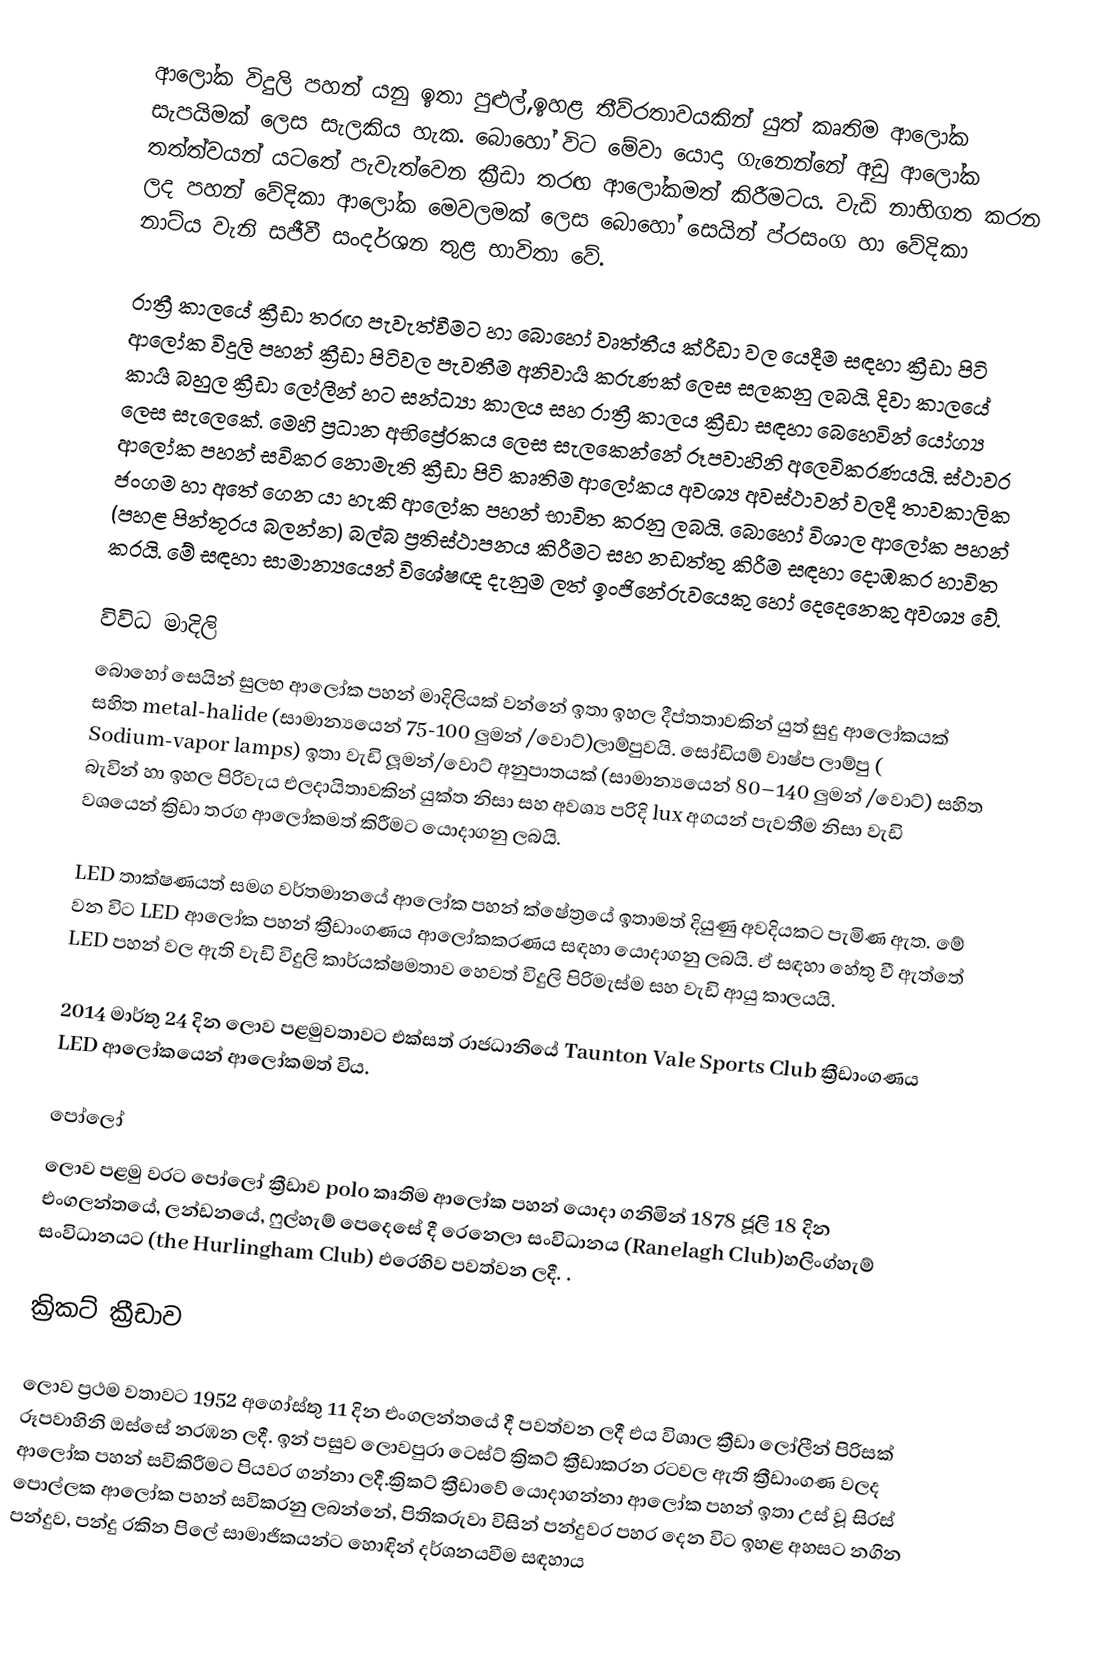
ආලෝක විදුලි පහන් යනු ඉතා පුළුල්,ඉහළ තීව්රතාවයකින් යුත් කෘතිම ආලෝක සැපයිමක් ලෙස සැලකිය හැක. බොහෝ විට මේවා යොදා ගැනෙන්නේ අඩු ආලෝක තත්ත්වයන් යටතේ පැවැත්වෙන ක්‍රීඩා තරඟ ආලෝකමත් කිරීමටය. වැඩි නාභිගත කරන ලද පහන් වේදිකා ආලෝක මෙවලමක් ලෙස බොහෝ සෙයින්  ප්රසංග හා වේදිකා නාට්ය වැනි සජීවී සංදර්ශන තුළ භාවිතා වේ. 

රාත්‍රී කාලයේ ක්‍රීඩා තරඟ පැවැත්වීමට හා බොහෝ වෘත්තීය ක්රීඩා වල යෙදීම සඳහා ක්‍රීඩා පිටි ආලෝක විදුලි පහන් ක්‍රීඩා පිටිවල පැවතීම අනිවාර්‍ය කරුණක් ලෙස සලකනු ලබයි. දිවා කාලයේ කාර්‍ය බහුල ක්‍රීඩා ලෝලීන් හට සන්ධ්‍යා කාලය සහ රාත්‍රී කාලය ක්‍රීඩා සඳහා බෙහෙවින් යෝග්‍ය ලෙස සැලෙකේ. මෙහි ප්‍රධාන අභිප්‍රේරකය ලෙස සැලකෙන්නේ රූපවාහිනි අලෙවිකරණයයි. ස්ථාවර ආලෝක පහන් සවිකර නොමැති ක්‍රීඩා පිටි කෘතිම ආලෝකය අවශ්‍ය අවස්ථාවන් වලදී තාවකාලික ජංගම හා අතේ ගෙන යා හැකි ආලෝක පහන් භාවිත කරනු ලබයි. බොහෝ විශාල ආලෝක පහන්  (පහළ පින්තූරය බලන්න) බල්බ ප්‍රතිස්ථාපනය කිරීමට  සහ නඩත්තු කිරීම සඳහා දොඹකර හාවිත කරයි. මේ සඳහා සාමාන්‍යයෙන් විශේෂඥ දැනුම ලත් ඉංජිනේරුවයෙකු හෝ දෙදෙනෙකු අවශ්‍ය වේ.

විවිධ මාදිලි 
බොහෝ සෙයින් සුලභ ආලෝක පහන් මාදිලියක් වන්නේ ඉතා ඉහල දීප්තතාවකින් යුත් සුදු ආලෝකයක් සහිත metal-halide  (සාමාන්‍යයෙන් 75-100 	ලුමන් /වොට්)ලාම්පුවයි. සෝඩියම් වාෂ්ප ලාම්පු ( Sodium-vapor lamps) ඉතා වැඩි  ලූමන්/වොට් අනුපාතයක් (සාමාන්‍යයෙන් 80–140 ලුමන් /වොට්) සහිත බැවින් හා  ඉහල 	පිරිවැය එලදායිතාවකින් යුක්ත නිසා සහ අවශ්‍ය පරිදි lux අගයන් පැවතීම නිසා වැඩි වශයෙන් ක්‍රිඩා තරග ආලෝකමත් කිරීමට යොදාගනු ලබයි.

 LED තාක්ෂණයත් සමග වර්තමානයේ ආලෝක පහන් ක්ෂේත්‍රයේ ඉතාමත් දියුණු අවදියකට පැමිණ ඇත. මේ වන විට LED ආලෝක පහන් ක්‍රීඩාංගණය ආලෝකකරණය සඳහා යොදාගනු ලබයි. ඒ සඳහා හේතු වී ඇත්තේ LED පහන් වල ඇති වැඩි විදුලි කාර්යක්ෂමතාව හෙවත් විදුලි පිරිමැස්ම සහ වැඩි ආයු කාලයයි.

2014 මාර්තු 24 දින ලොව පළමුවතාවට එක්සත් රාජධානියේ Taunton Vale Sports Club  ක්‍රීඩාංගණය LED ආලෝකයෙන් ආලෝකමත් විය.

පෝලෝ 
ලොව පළමු වරට පෝලෝ ක්‍රීඩාව polo කෘතිම ආලෝක පහන් යොදා ගනිමින් 1878 ජූලි 18  දින එංගලන්තයේ, ලන්ඩනයේ, ෆුල්හැම් පෙදෙසේ දී  රෙනෙලා සංවිධානය (Ranelagh Club)හලිංග්හැම් සංවිධානයට (the Hurlingham Club) එරෙහිව පවත්වන ලදී. .

ක්‍රිකට් ක්‍රීඩාව

ලොව ප්‍රථම වතාවට 1952 අගෝස්තු 11 දින එංගලන්තයේ දී පවත්වන ලදී එය විශාල ක්‍රීඩා ලෝලීන් පිරිසක් රූපවාහිනි ඔස්සේ නරඹන ලදී. ඉන් පසුව ලොවපුරා ටෙස්ට් ක්‍රිකට් ක්‍රීඩාකරන රටවල ඇති ක්‍රීඩාංගණ වලද ආලෝක පහන් සවිකිරීමට පියවර ගන්නා ලදී.ක්‍රිකට් ක්‍රීඩාවේ යොදාගන්නා ආලෝක පහන් ඉතා උස් වූ සිරස් පොල්ලක ආලෝක පහන් සවිකරනු ලබන්නේ, පිතිකරුවා විසින් පන්දුවර පහර දෙන විට ඉහළ අහසට නගින පන්දුව, පන්දු රකින පිලේ සාමාජිකයන්ට හොඳින් දර්ශනයවීම සඳහාය